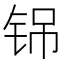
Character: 铞